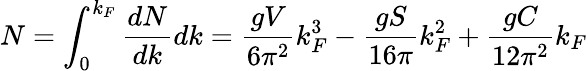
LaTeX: N=\int_{0}^{k_{F}}{\frac{dN}{dk}}dk={\frac{gV}{6\pi^{2}}}k_{F}^{3}-{\frac{gS}{16\pi}}k_{F}^{2}+{\frac{gC}{12\pi^{2}}}k_{F}